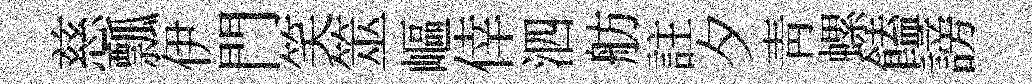
慈瓢伊門笑筮嶇倖泗舫註夕靑螺饁謗